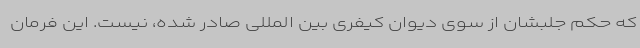
که حکم جلبشان از سوی دیوان کیفری بین المللی صادر شده، نیست. این فرمان